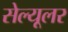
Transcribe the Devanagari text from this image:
सेल्‍यूलर